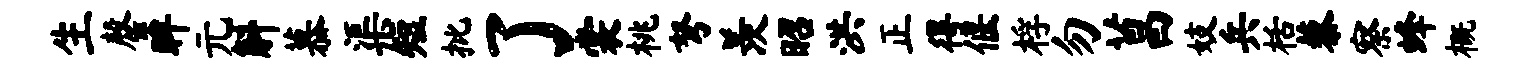
生罄眸元斛慕渠短批了裳桃弩羡昭洪正得偃桴勿菖妓兵栝藜察蜂概